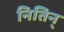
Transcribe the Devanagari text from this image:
नितिन्